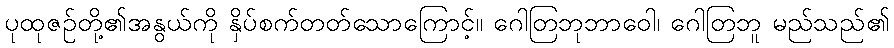
ပုထုဇဉ်တို့၏အနွယ်ကို နှိပ်စက်တတ်သောကြောင့်။ ဂေါတြဘုဘာဝေါ၊ ဂေါတြဘူ မည်သည်၏